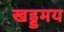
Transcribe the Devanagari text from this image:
खड्डमय